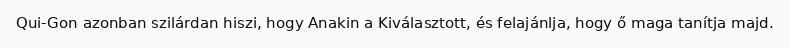
Qui-Gon azonban szilárdan hiszi, hogy Anakin a Kiválasztott, és felajánlja, hogy ő maga tanítja majd.